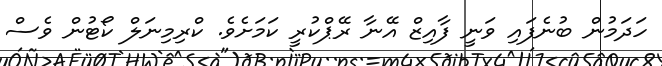
ހަދަމުން ބުނެފައި ވަނީ ފާއިޒް އޭނާ ރޭޕްކުރީ ކަމަށެވެ. ކްރިމިނަލް ކޯޓުން ވެސް